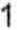
1